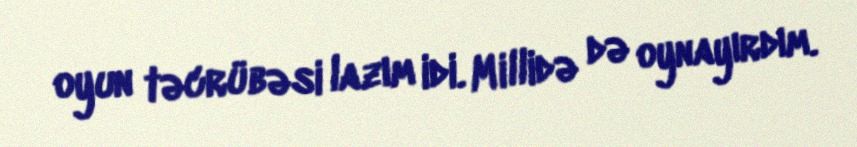
oyun təcrübəsi lazım idi. Millidə də oynayırdım.